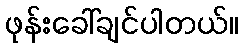
ဖုန်းခေါ်ချင်ပါတယ်။